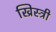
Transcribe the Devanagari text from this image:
ख्रिस्त्री